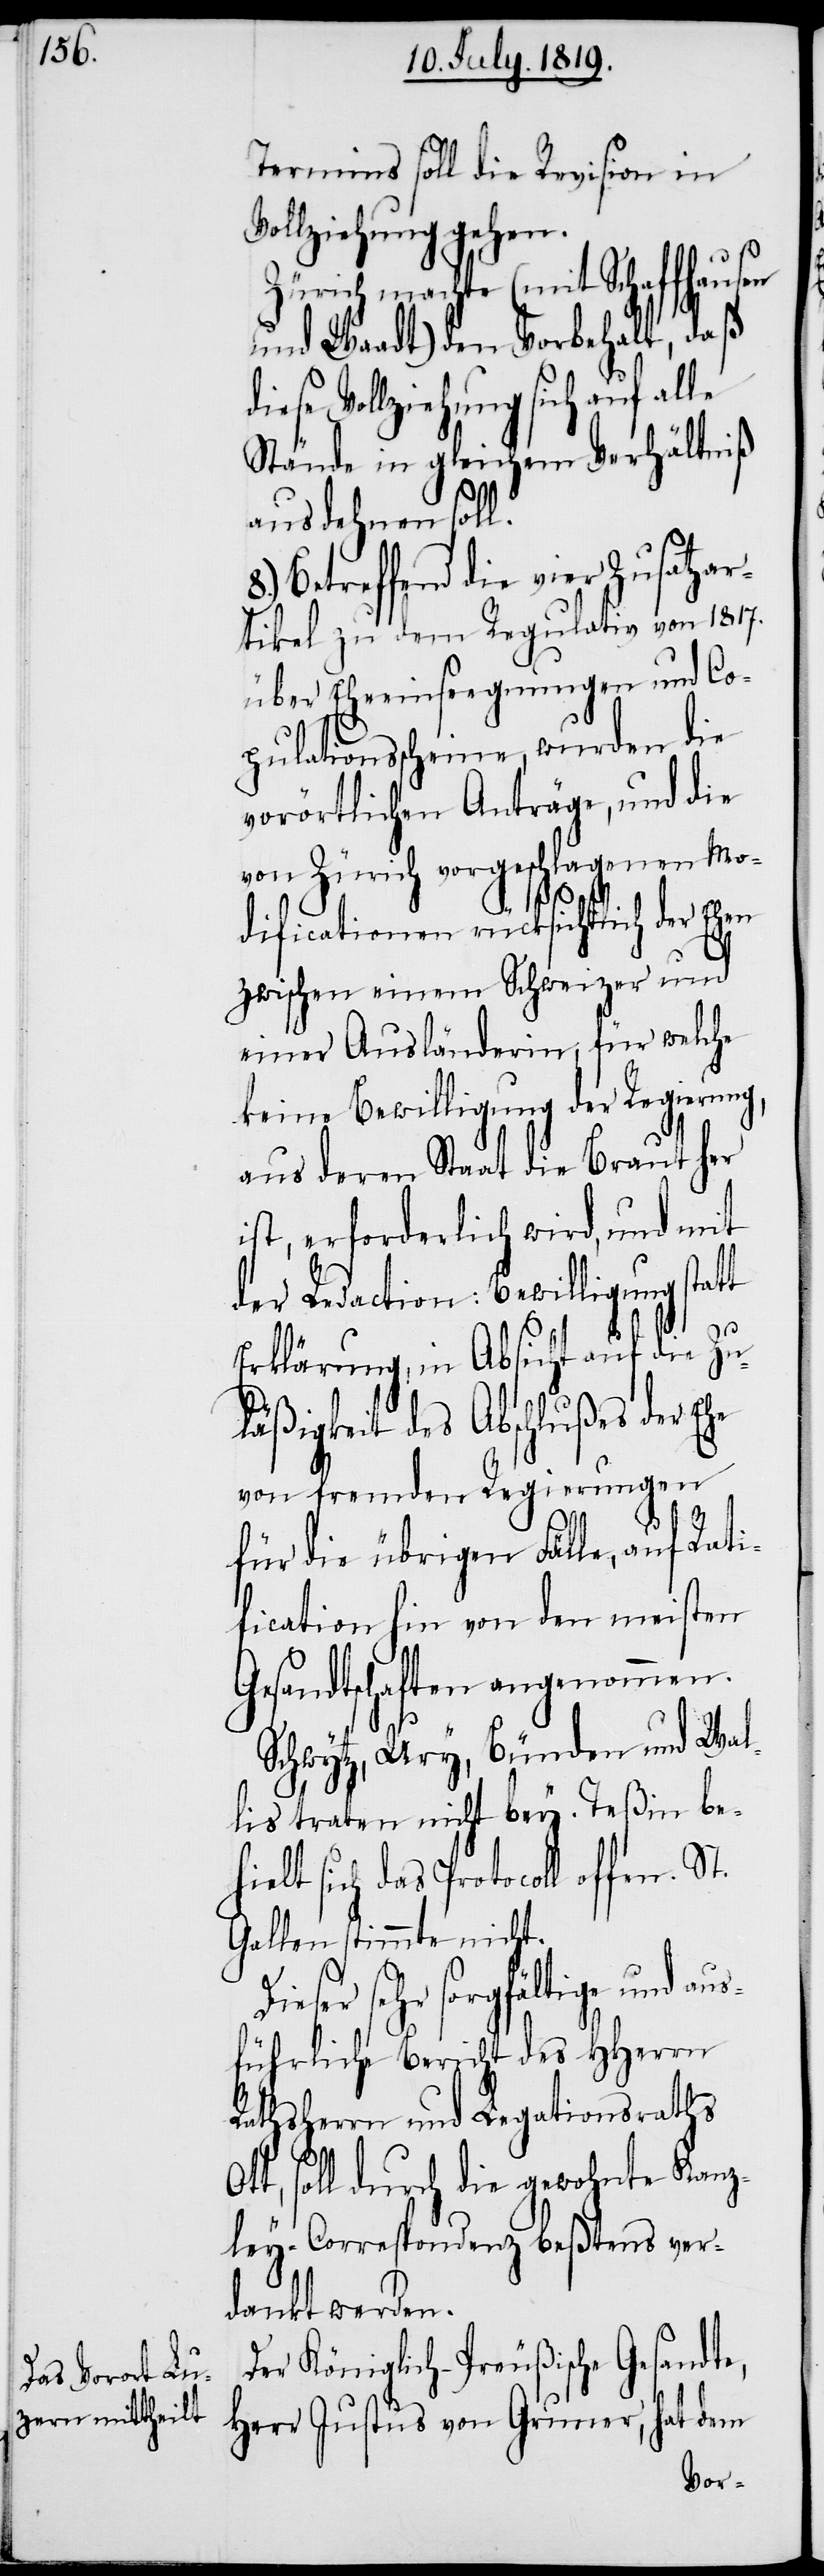
Termins soll die Revision in
vorgeschlagenen
machte (mit Schaffhaus¬
und Waadt) den Vorbehalt, daß
iese Vollziehung sich auf alle
Stände in gleichem Verhältniß
D¬
ausdehnen soll.
Betreffend die vier Zusatzar¬
tikel zu dem Regulativ von 1817.
über Eheeinseegnungen und Co¬
pulationsscheine, wurden die
vorörtlichen Anträge, und die
dificationen rücksichtlich der Ehen
zwischen einem Schweizer und
einer Ausländerin, für welche
keine Bewilligung der Regierung,
aus deren Staat die Braut her
ist, erforderlich wird, und mit
der Redaction: Bewilligung stat¬
Erklärung, in Absicht auf die Zu¬
läßigkeit des Abschlußes der Ehe
von fremden Regierungen
für die übrigen Fälle, auf Rati¬
fication hin von den meisten
Gesandtschaften angenommen.
Schwytz, Ury, Bünden und Wal¬
lis traten nicht bey. Teßin be¬
hielt sich das Protocoll offen.
Gallen stimmte nicht.
ieser sehr sorgfältige und au¬
sführliche Bericht des HHerrn
Rathsherrn und Legationsraths
soll durch die gewohnte Kanz¬
ley-Correspondenz beßtens ver¬
dankt werden.
Der Königlich-Preußische Gesandte,
Herr Justus von Gruner, hat dem